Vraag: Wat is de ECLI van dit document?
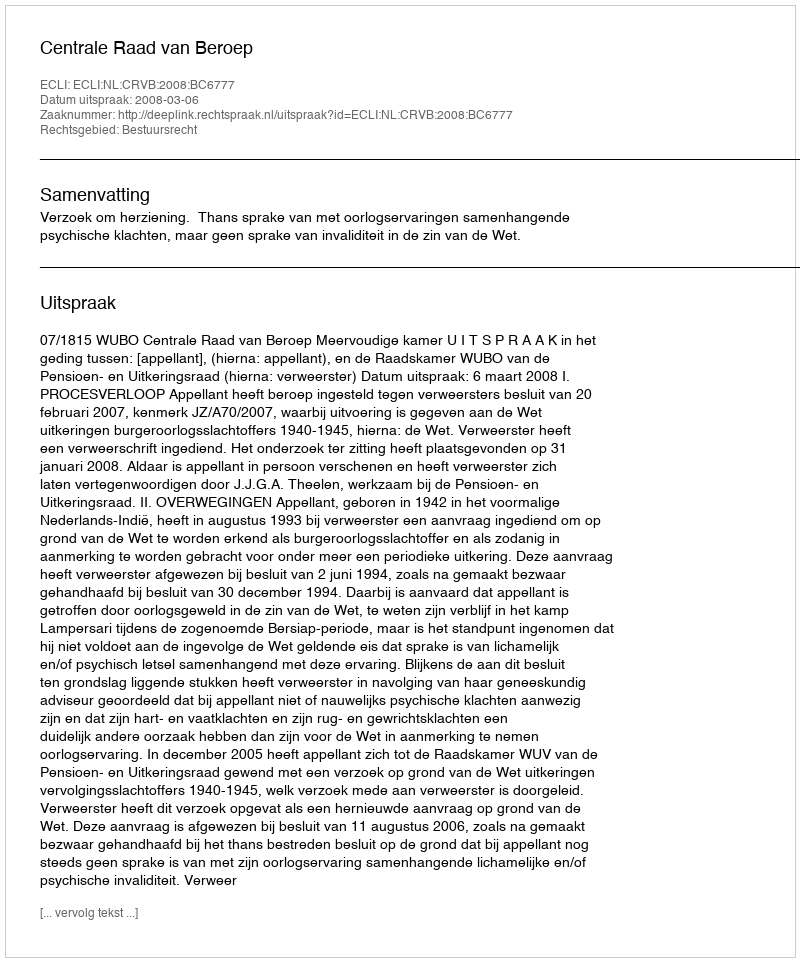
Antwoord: ECLI:NL:CRVB:2008:BC6777